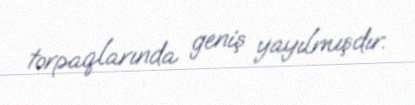
torpaqlarında geniş yayılmışdır.